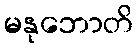
မနုဘောတိ